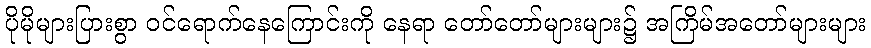
ပိုမိုများပြားစွာ ဝင်ရောက်နေကြောင်းကို နေရာ တော်တော်များများ၌ အကြိမ်အတော်များများ